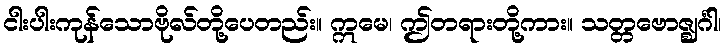
ငါးပါးကုန်သောဗိုလ်တို့ပေတည်း။ ဣမေ၊ ဤတရားတို့ကား။ သတ္တဗောဇ္ဈင်္ဂါ၊